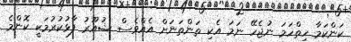
ކަންކަމާ ހިތްހަމަ ނުޖެހޭ ނަމަ އެކި ތަންތަނަށް އެއްވެސް ޝުއޫރު ފާޅުކުރުމަކީ ކޮންމެ